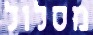
מסלול